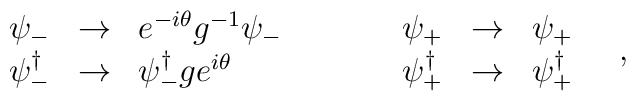
\begin{array}{rclcrcl}\psi_{-} & \rightarrow & e^{-i\theta}g^{-1} \psi_{-} & \quad \quad & \psi_{+}& \rightarrow & \psi_{+} \nonumber \\ \psi^{\dagger }_{-} & \rightarrow & \psi^{\dagger}_{-} g e^{i\theta} & \quad\quad & \psi^{\dagger } _{+} & \rightarrow & \psi^{\dagger}_{+}\end{array}\quad,